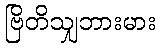
ဗြိတိသျှဘားမား